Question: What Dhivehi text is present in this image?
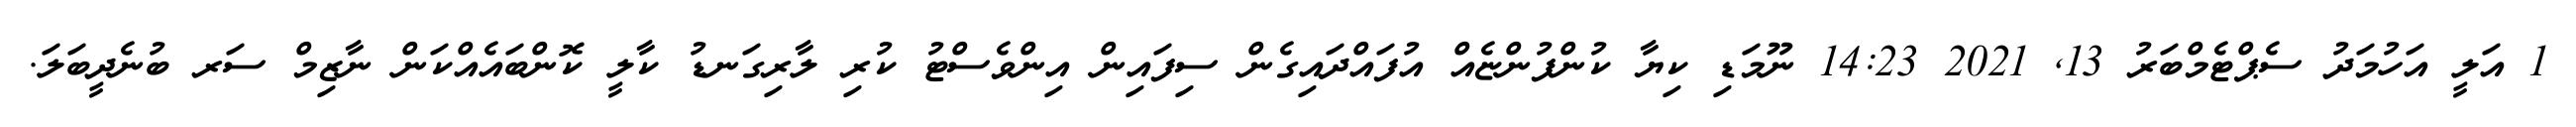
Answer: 1 އަލީ އަހުމަދު ސެޕްޓެމްބަރު 13, 2021 14:23 ނޫމަޑި ކިޔާ ކުންފުންޏެއް އުފައްދައިގެން ސިފައިން އިންވެސްޓު ކުރި ލާރިގަނޑު ކާލީ ކޮންބައެއްކަން ނާޒިމް ސަރ ބުނެދީބަލަ.